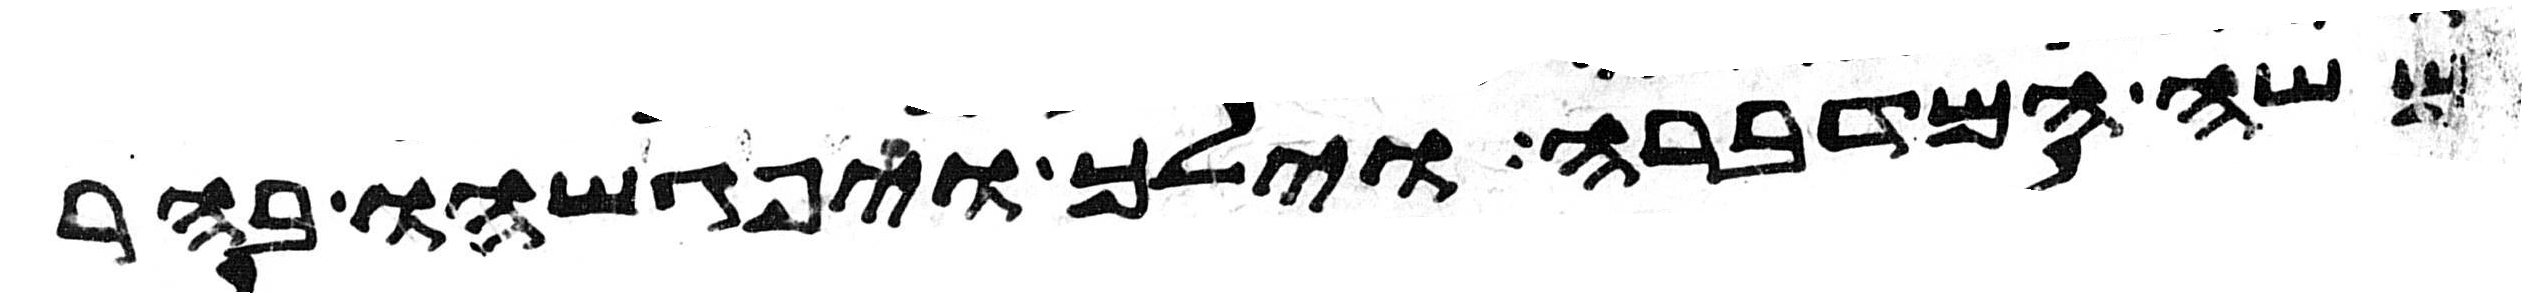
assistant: משה המדברה וילך ויפגשהו בהר